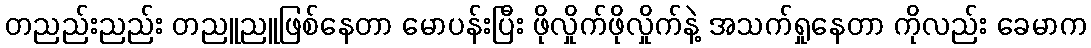
တညည်းညည်း တညူညူဖြစ်နေတာ မောပန်းပြီး ဖိုလှိုက်ဖိုလှိုက်နဲ့ အသက်ရှုနေတာ ကိုလည်း ခေမာက